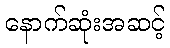
နောက်ဆုံးအဆင့်